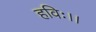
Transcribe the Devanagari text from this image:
हविः।।